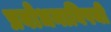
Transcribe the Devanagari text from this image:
प्रबोधनाविषयी